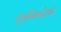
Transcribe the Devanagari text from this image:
पूर्वेकडे१६